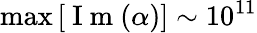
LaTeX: \operatorname*{max}\left[\mathrm{~I~m~}(\alpha)\right]\sim 10^{11}